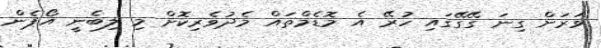
ވަރަށް ގިނަ ގޭގޭގައި ހުރޭ އެ މޮޑެމްތައް މެދުވެރިކޮށް މި ލިބެނީ އޯޕެން